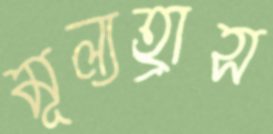
মূল্যহ্রাস